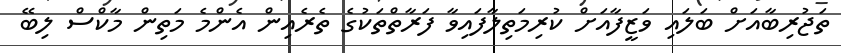
ތަޖުރިބާއަށް ބަލައި ވަޒީފާއަށް ކުރިމަތިލާފައިވާ ފަރާތްތަކުގެ ތެރެއިން އެންމެ މަތިން މާކްސް ލިބޭ